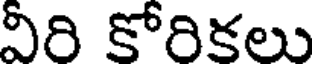
వీరి కోరికలు